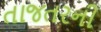
તાજતરની